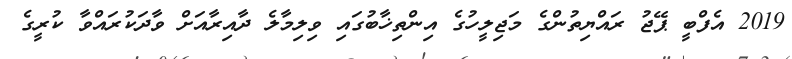
2019 އެފްބީ ޕޭޖު ރައްޔިތުންގެ މަޖިލީހުގެ އިންތިޚާބުގައި ވިލިމާލެ ދާއިރާއަށް ވާދަކުރައްވާ ކުރީގެ